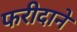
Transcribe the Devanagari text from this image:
फरीदाने